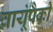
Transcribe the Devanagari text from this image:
वायूंपैकी